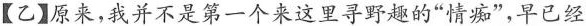
【乙】原来，我并不是第一个来这里寻野趣的”情痴”，早已经